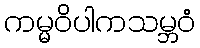
ကမ္မဝိပါကသမ္ဘဝံ